Annual report of the Imperial Bacteriologist
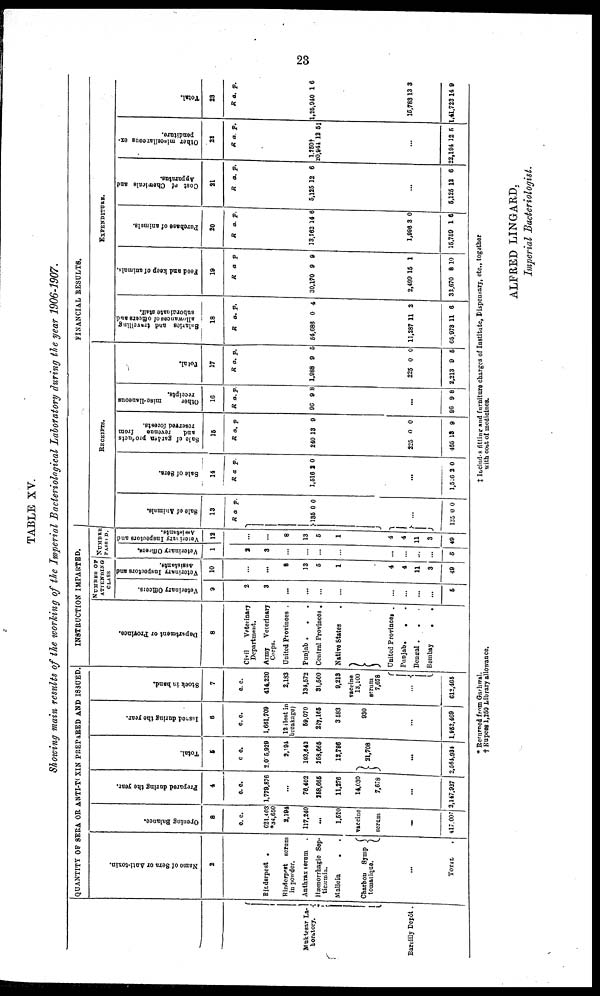
23
TABLE XV.
Showing main results of the working of the Imperial Bacteriological Laboratory during the year 1906-1907.
Muketsar La-
boartory.
{
Bareilly Depôt.
QUANTITY OF SERA OR ANTI-TOXIN PREPRED AND ISSUED
Name of Sera or Ant i
- t oxi n
2
Rinderpest .
Rinderpest serum
in powder.
Anthrax serum
.
Hæmorrhagic Sep-
ticæmin.
Mallein
. .
Charbou Symp {
tomatique.
...
TOTAL
Opening
Balance.
8
c. c.
621,403
*34,650
2,194
117,240
...
1,520
vaccine
serum
...
417,007
Pepared duri ng
the year.
4
c. c.
1,779,876
...
76,402
258,665
11,276
14,030
7,678
...
2,147,927
Total.
5
c. c.
2,075,929
2,194
193,642
258,665
12,796
}21,708
...
2,564,934
Issued during
the year.
6
c.c.
1,661,709
12 (lost in
breakage)
59,070
227,165
3,583
930
...
1,952,469
Stock in hand.
7
c.c.
414,220
2,183
134,572
31,500
9,213
vaccine
13,100
serum
7,678
...{
612,465
INSTRUCTION IMPARTED.
Department of Province.
8
Civil Veterinary
Department.
Army
Veterinary
Corps.
United Provinces .
Punjab .
.
.
Central Provinces .
Native States .
}
United Provinces .
Punjab
. . .
Bengal.
. . .
Bombay
.
.
NUMBER OF
ATTENDING
CLASS
Veternary
officers
9
2
3
...
...
...
...
...
...
...
5
Veternary Inspecters and
Assistants.
10
...
...
13
5
1
4
4
11
3
49
NUMBER PASSED.
Veternary
officers
1
2
3
...
...
...
...
...
...
...
5
Veternary Inspecters and
Assistants.
12
...
...
13
5
1
4
4
11
3
49
FINANCIAL RESULTS.
RECEIPTS.
Sale of Animals
13
R
} 135
} ...
135
a.
0
0
p.
0
0
Sale of Sera.
14
R
1,516
...
1,516
a.
2
2
p.
0
0
Sale of garden products
and revenue from reserved forests
15
R
240
225
465
a.
13
0
13
p.
9
0
9
Other miscellaneous
receipts
16
R
96
...
96
a.
9
9
p.
8
8
Total
17
R
1,988
225
2,213
a.
9
0
9
p.
5
0
5
EXPENDITURE.
Salaries and traveling
allowances of officers and
subordinate staff.
18
R
54,686
11,287
65,973
a.
0
11
11
p.
4
2
6
feed and keep of animals.
19
R
30,170
2,499
32,670
a.
9
15
8
p.
9
1
10
Purchase of animals.
20
R
13,762
1,996
15,759
a.
14
3
1
p.
6
0
6
Cost of chemicals and
Appartus.
21
R
5,125
...
5,125
a.
12
12
p.
6
6
Other miscellaneous ex-
penditure.
22
R
1,250†
20,944
...
22,194
a.
12
12
p.
5‡
5
Total.
23
R
1,25,940
15,783
1,41,723
a.
1
13
14
p.
6
3
9
* Returned from Garhwal.
‡
Includes
fitting
and
furniture charges of Institute, Dispensary, etc., together
† Rupees 1,250 Library allowance.
with cost of medicines.
ALFRED LINGARD.
Imperial Bacteriologist.